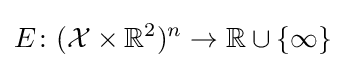
E\colon ({\mathcal {X}}\times \mathbb {R} ^{2})^{n}\to \mathbb {R} \cup \lbrace \infty \rbrace